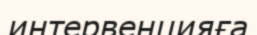
интервенцияға